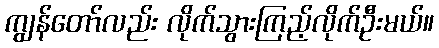
ကျွန်တော်လည်း လိုက်သွားကြည့်လိုက်ဦးမယ်။